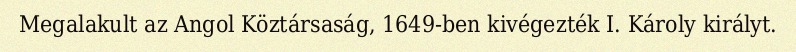
Megalakult az Angol Köztársaság, 1649-ben kivégezték I. Károly királyt.